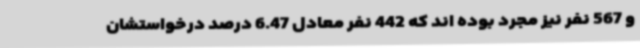
و 567 نفر نیز مجرد بوده اند که 442 نفر معادل 6.47 درصد درخواستشان